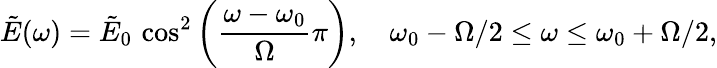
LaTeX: \tilde{E}(\omega)=\tilde{E}_{0}\, \cos^{2}{\left(\frac{\omega-\omega_{0}}{\Omega}{\pi}\right)},\quad\omega_{0}-\Omega/2\leq\omega\leq\omega_{0}+\Omega/2,